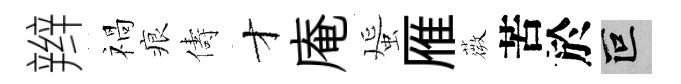
辫禍痕儔才庵蜑雁薇苦於叵